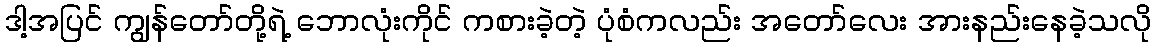
ဒါ့အပြင် ကျွန်တော်တို့ရဲ့ ဘောလုံးကိုင် ကစားခဲ့တဲ့ ပုံစံကလည်း အတော်လေး အားနည်းနေခဲ့သလို